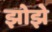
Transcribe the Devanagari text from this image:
झोझे